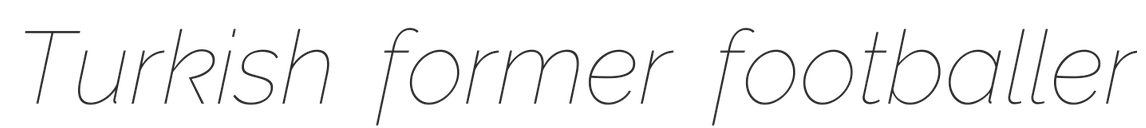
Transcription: Turkish former footballer